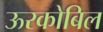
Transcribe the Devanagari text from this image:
ऊरकोबिल